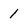
Character: 1